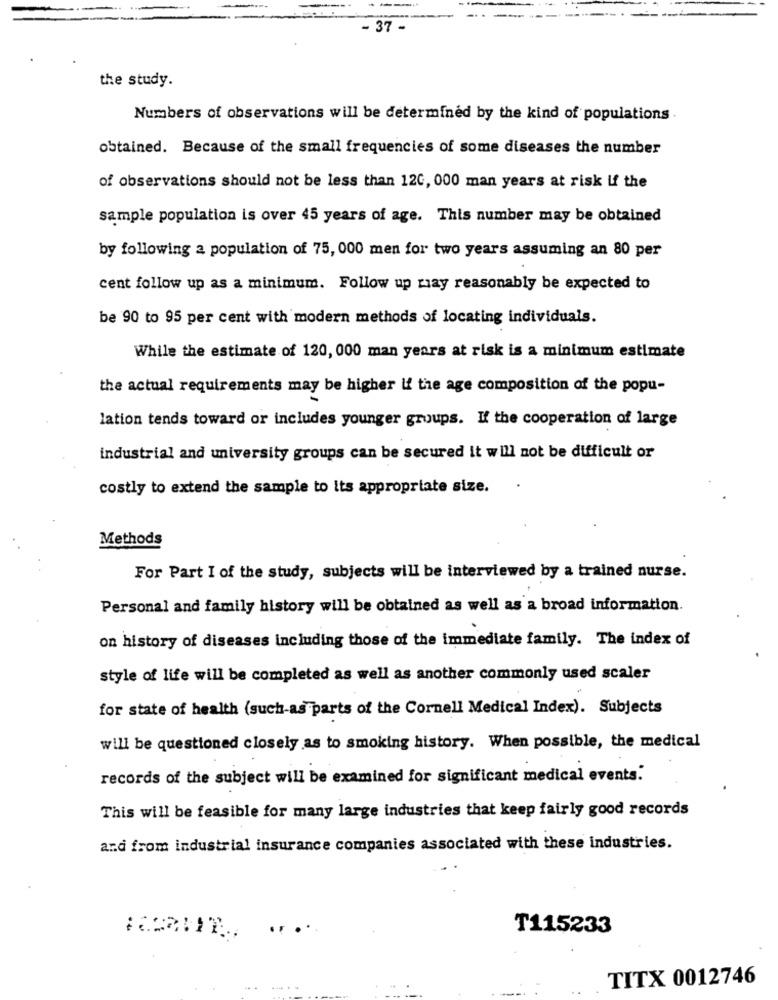
- 37 -
the study.
Numbers of observations will be determined by the kind of populations .
obtained. Because of the small frequencies of some diseases the number
of observations should not be less than 120, 000 man years at risk if the
sample population is over 45 years of age. This number may be obtained
by following a population of 75, 000 men for two years assuming an 80 per
cent follow up as a minimum. Follow up ray reasonably be expected to
be 90 to 95 per cent with modern methods of locating individuals.
While the estimate of 120, 000 man years at risk is a minimum estimate
the actual requirements may be higher if the age composition of the popu-
lation tends toward or includes younger groups. If the cooperation of large
industrial and university groups can be secured it will not be difficult or
costly to extend the sample to its appropriate size.
Methods
For Part I of the study, subjects will be interviewed by a trained nurse.
Personal and family history will be obtained as well as a broad information.
on history of diseases including those of the immediate family. The index of
style of life will be completed as well as another commonly used scaler
for state of health (such-as parts of the Cornell Medical Index). Subjects
will be questioned closely as to smoking history. When possible, the medical
records of the subject will be examined for significant medical events."
This will be feasible for many large industries that keep fairly good records
and from industrial insurance companies associated with these industries.
T115233
TITX 0012746